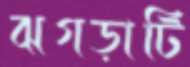
ঝগড়াটি